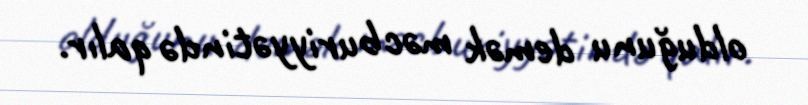
olduğunu demək məcburiyyətində qalır.